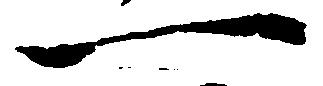
一